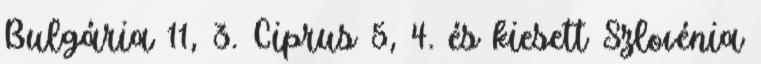
Bulgária 11, 3. Ciprus 5, 4. és kiesett Szlovénia